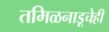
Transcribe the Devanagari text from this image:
तमिळनाडूचेही